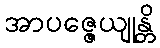
အာပဇ္ဇေယျုန္တိ